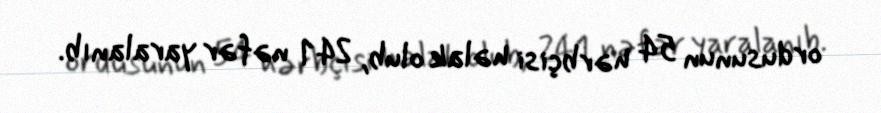
ordusunun 54 hərbçisi həlak olub, 241 nəfər yaralanıb.